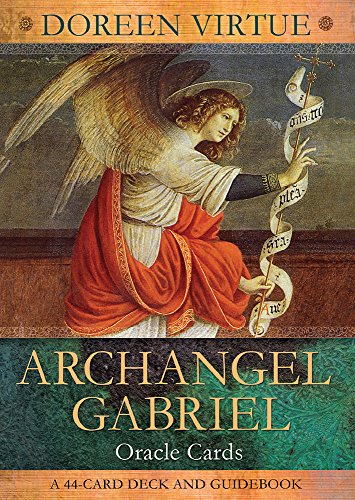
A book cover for Archangel Gabriel Cards; Doreen Virtue; Religion & Spirituality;